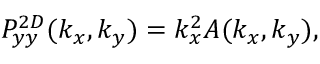
P _ { y y } ^ { 2 D } ( k _ { x } , k _ { y } ) = k _ { x } ^ { 2 } A ( k _ { x } , k _ { y } ) ,